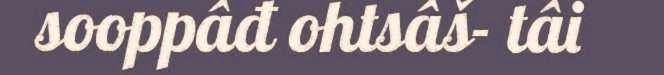
sooppâđ ohtsâš- tâi